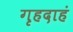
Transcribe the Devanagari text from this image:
गृहदाहं